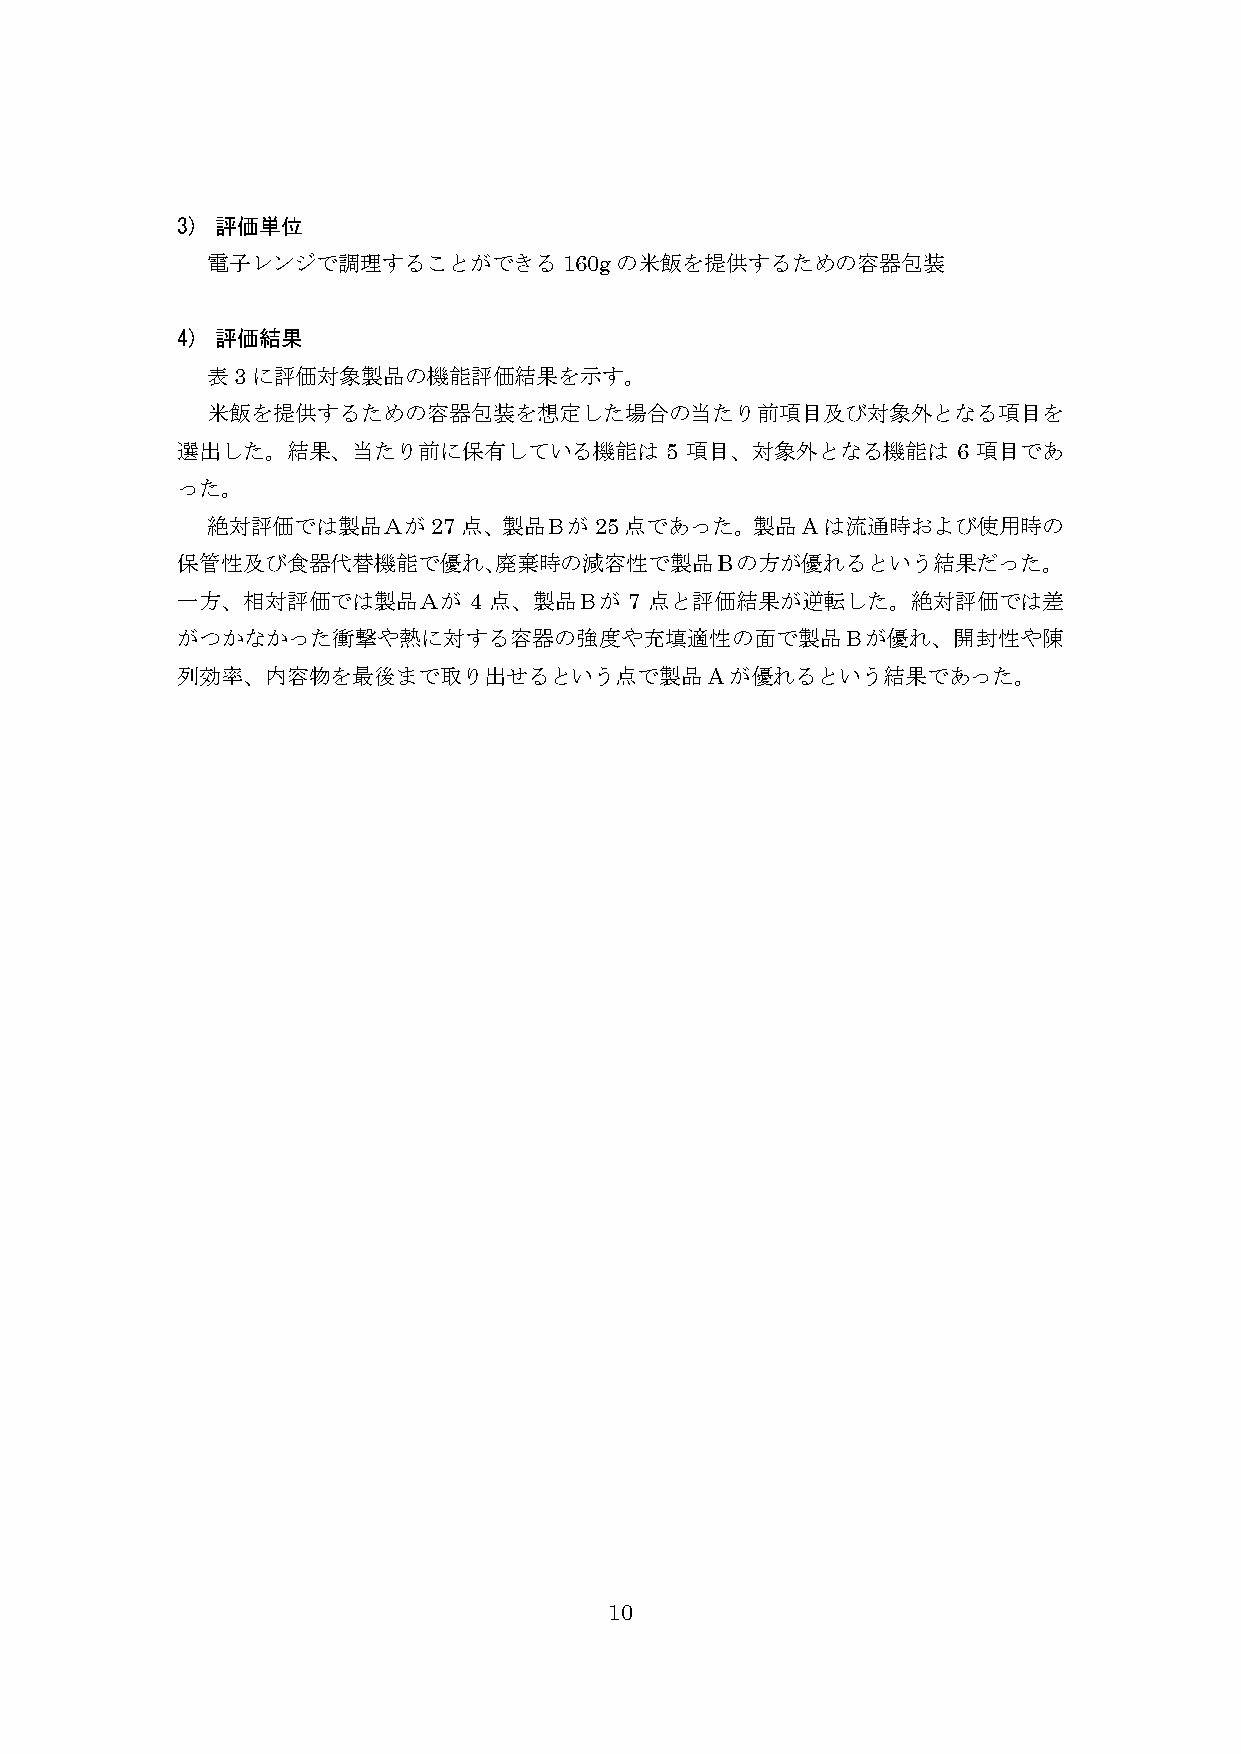
3) 評価単位
 電子レンジで調理することができる160gの米飯を提供するための容器包装
 4) 評価結果
 表3に評価対象製品の機能評価結果を示す。
 米飯を提供するための容器包装を想定した場合の当たり前項目及び対象外となる項目を
 選出した。結果、当たり前に保有している機能は          5 項目、対象外となる機能は     6 項目であ
 った。
 絶対評価では製品Ａが27点、製品Ｂが25点であった。製品Aは流通時および使用時の
 保管性及び食器代替機能で優れ、廃棄時の減容性で製品Bの方が優れるという結果だった。
 一方、相対評価では製品Ａが      4 点、製品Ｂが   7 点と評価結果が逆転した。絶対評価では差
 がつかなかった衝撃や熱に対する容器の強度や充填適性の面で製品Ｂが優れ、開封性や陳
 列効率、内容物を最後まで取り出せるという点で製品Aが優れるという結果であった。
 10